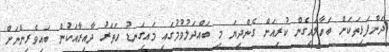
ދަންފަޅިތަކަށް ބަހާލައިގެން ކުރިއަށް ގެންދިޔަ މި ބައްދަލުވުމުގައި މައިގަނޑު ހަތަރު ދާއިރާއަކުން ބައިވެރިންނަށް